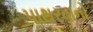
પાથરવાનો